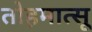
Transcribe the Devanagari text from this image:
तोहमात्सू